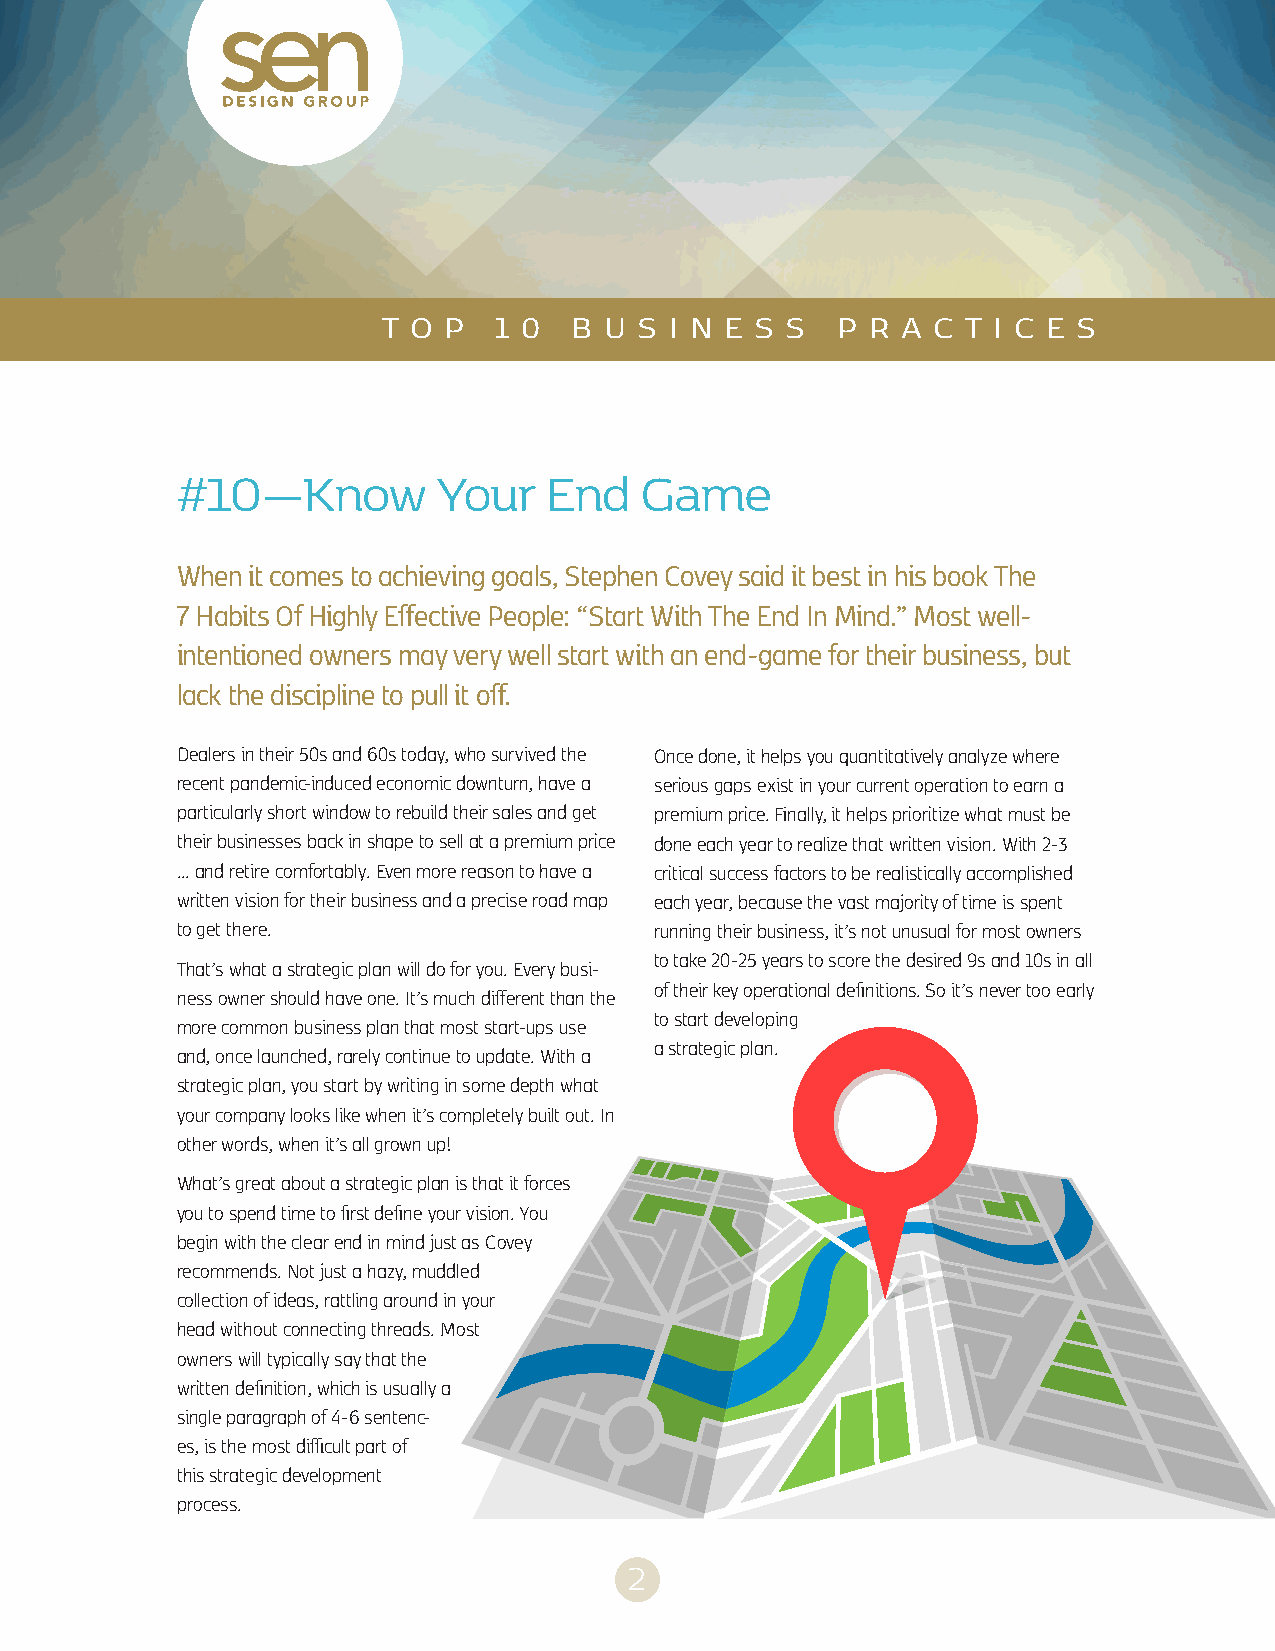
T O P   1 0  B U S I N E S S  P  R A C T I C E S
 #10—Know         Your   End   Game
 When it comes to achieving goals, Stephen Covey said it best in his book The
 7 Habits Of Highly Effective People: “Start With The End In Mind.” Most well-
 intentioned owners may very well start with an end-game for their business, but
 lack the discipline to pull it off.
 Dealers in their 50s and 60s today, who survived the Once done, it helps you quantitatively analyze where
 recent pandemic-induced economic downturn, have a serious gaps exist in your current operation to earn a
 particularly short window to rebuild their sales and get premium price. Finally, it helps prioritize what must be
 their businesses back in shape to sell at a premium price done each year to realize that written vision. With 2-3
 ... and retire comfortably. Even more reason to have a critical success factors to be realistically accomplished
 written vision for their business and a precise road map each year, because the vast majority of time is spent
 to get there.                  running their business, it’s not unusual for most owners
 to take 20-25 years to score the desired 9s and 10s in all
 That’s what a strategic plan will do for you. Every busi-
 of their key operational definitions. So it’s never too early
 ness owner should have one. It’s much different than the
 to start developing
 more common business plan that most start-ups use
 a strategic plan.
 and, once launched, rarely continue to update. With a
 strategic plan, you start by writing in some depth what
 your company looks like when it’s completely built out. In
 other words, when it’s all grown up!
 What’s great about a strategic plan is that it forces
 you to spend time to first define your vision. You
 begin with the clear end in mind just as Covey
 recommends. Not just a hazy, muddled
 collection of ideas, rattling around in your
 head without connecting threads. Most
 owners will typically say that the
 written definition, which is usually a
 single paragraph of 4-6 sentenc-
 es, is the most difficult part of
 this strategic development
 process.
 2